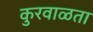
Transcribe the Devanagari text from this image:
कुरवाळता